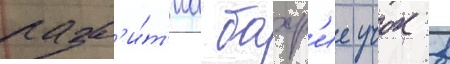
разв'и́т'иа бахр'ие учок в